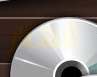
إنهيار